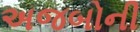
અજબોની